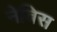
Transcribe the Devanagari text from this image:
नेबिस